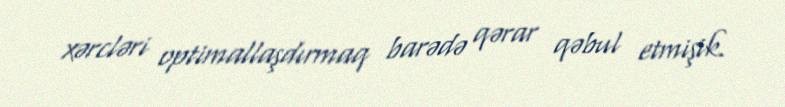
xərcləri optimallaşdırmaq barədə qərar qəbul etmişik.